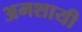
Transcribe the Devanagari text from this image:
अमशायी